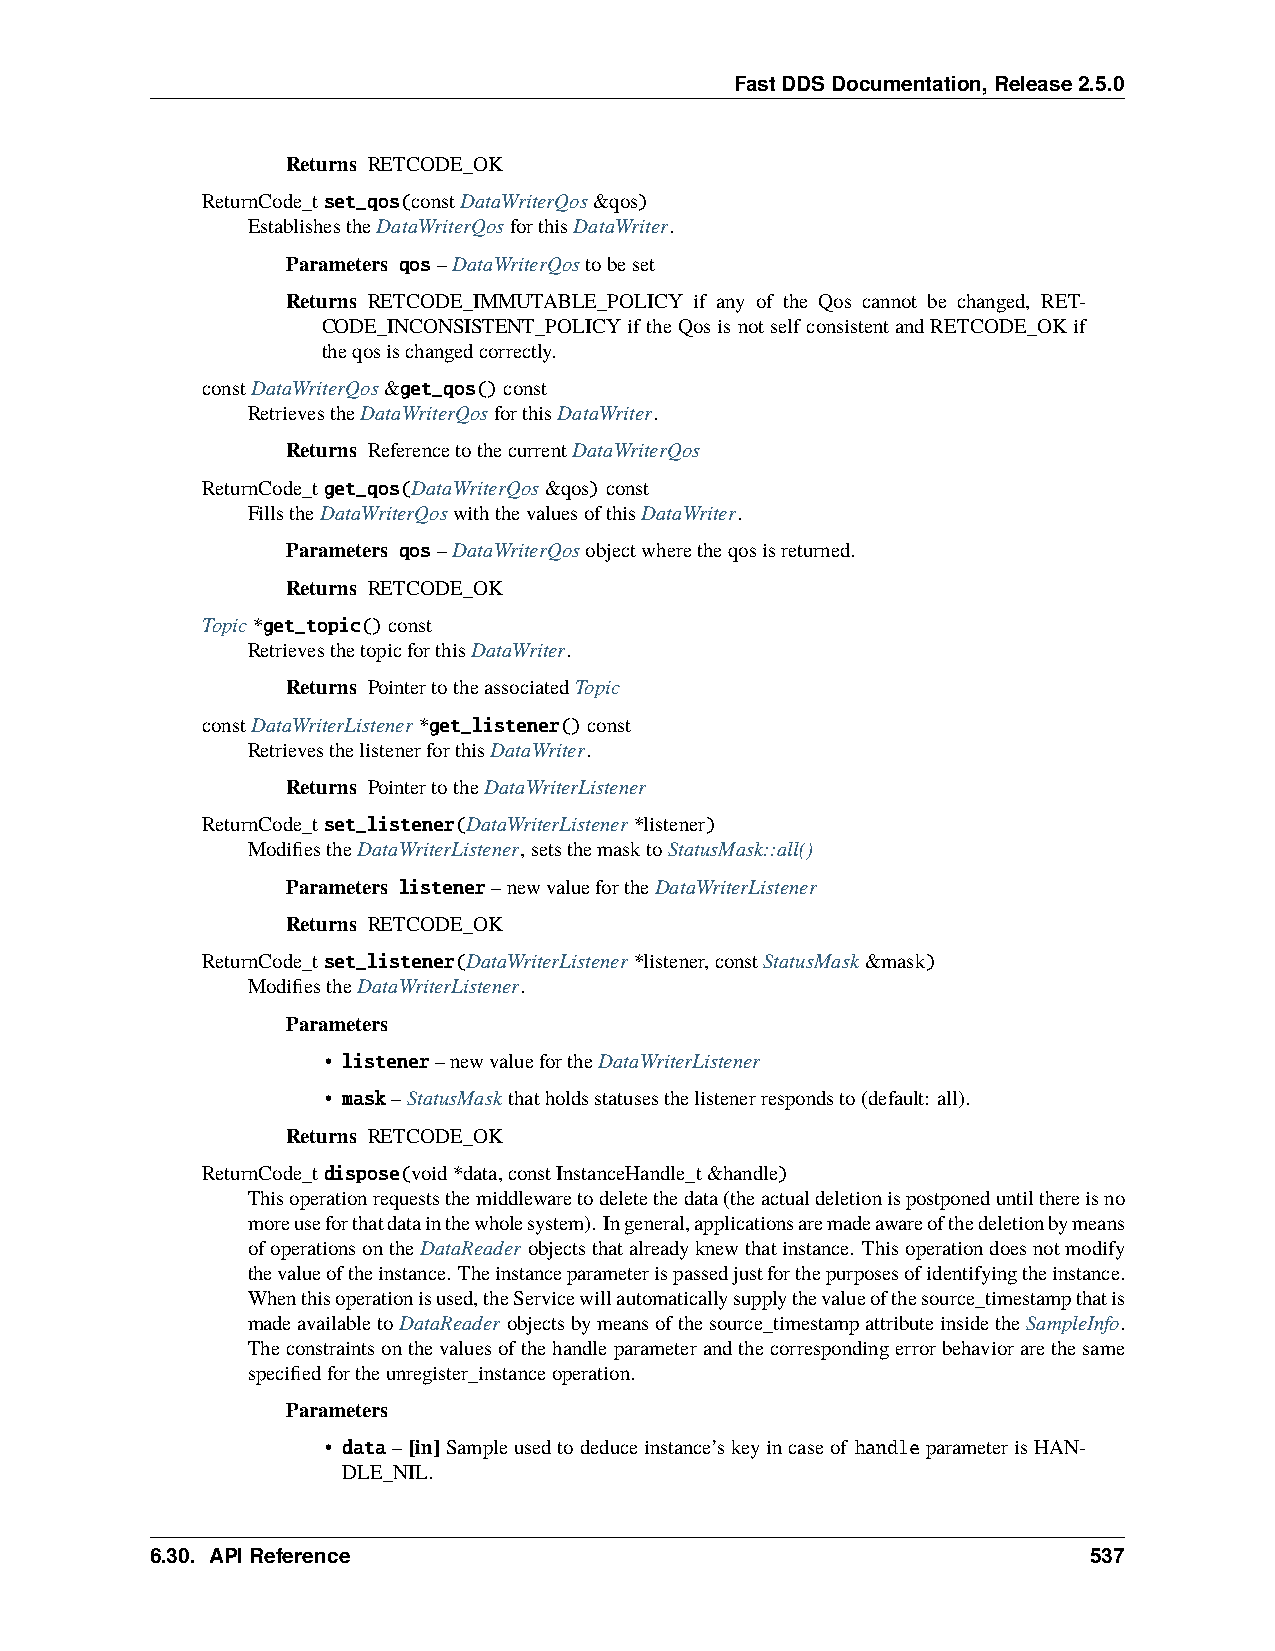
FastDDSDocumentation,Release2.5.0
 Returns RETCODE_OK
 ReturnCode_tset_qos(constDataWriterQos&qos)
 EstablishestheDataWriterQosforthisDataWriter.
 Parameters qos–DataWriterQostobeset
 Returns RETCODE_IMMUTABLE_POLICY if any of the Qos cannot be changed, RET-
 CODE_INCONSISTENT_POLICYiftheQosisnotselfconsistentandRETCODE_OKif
 theqosischangedcorrectly.
 constDataWriterQos&get_qos()const
 RetrievestheDataWriterQosforthisDataWriter.
 Returns ReferencetothecurrentDataWriterQos
 ReturnCode_tget_qos(DataWriterQos&qos)const
 FillstheDataWriterQoswiththevaluesofthisDataWriter.
 Parameters qos–DataWriterQosobjectwheretheqosisreturned.
 Returns RETCODE_OK
 Topic*get_topic()const
 RetrievesthetopicforthisDataWriter.
 Returns PointertotheassociatedTopic
 constDataWriterListener*get_listener()const
 RetrievesthelistenerforthisDataWriter.
 Returns PointertotheDataWriterListener
 ReturnCode_tset_listener(DataWriterListener*listener)
 ModifiestheDataWriterListener,setsthemasktoStatusMask::all()
 Parameters listener–newvaluefortheDataWriterListener
 Returns RETCODE_OK
 ReturnCode_tset_listener(DataWriterListener*listener,constStatusMask&mask)
 ModifiestheDataWriterListener.
 Parameters
 • listener–newvaluefortheDataWriterListener
 • mask–StatusMaskthatholdsstatusesthelistenerrespondsto(default: all).
 Returns RETCODE_OK
 ReturnCode_tdispose(void*data,constInstanceHandle_t&handle)
 Thisoperationrequeststhemiddlewaretodeletethedata(theactualdeletionispostponeduntilthereisno
 moreuseforthatdatainthewholesystem). Ingeneral,applicationsaremadeawareofthedeletionbymeans
 ofoperationsontheDataReader objectsthatalreadyknewthatinstance. Thisoperationdoesnotmodify
 thevalueoftheinstance. Theinstanceparameterispassedjustforthepurposesofidentifyingtheinstance.
 Whenthisoperationisused,theServicewillautomaticallysupplythevalueofthesource_timestampthatis
 madeavailabletoDataReader objectsbymeansofthesource_timestampattributeinsidetheSampleInfo.
 Theconstraintsonthevaluesofthehandleparameterandthecorrespondingerrorbehaviorarethesame
 specifiedfortheunregister_instanceoperation.
 Parameters
 • data– [in]Sampleusedtodeduceinstance’skeyincaseof handleparameterisHAN-
 DLE_NIL.
 6.30. APIReference                                            537